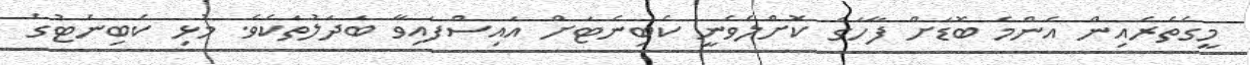
މީގެތެރެއިން އެންމެ ބޮޑަށް ފާހަގަ ކޮށްލެވެނީ ކެބިނެޓަށް އައިސްފައިވާ ބަދަލުތަކެވެ. މުޅި ކެބިނެޓުގެ